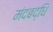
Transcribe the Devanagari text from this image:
मंदबद्धि